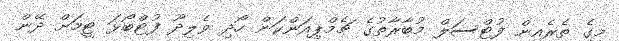
މީގެ ތެރެއިން ފުޓްސަލް މުބާރާތުގެ ޗެމްޕިއަންކަން ހޯދި ވެލިދޫ ފުޓްބޯޅަ ޓީމަށް ދޭން